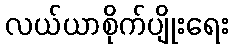
လယ်ယာစိုက်ပျိုးရေး